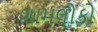
ગામલોકો